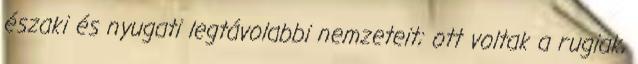
északi és nyugati legtávolabbi nemzeteit; ott voltak a rugiak,